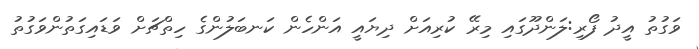
ވަގުތު އީދު ފޯރި:ލަންދޫގައި މިރޭ ކުރިއަށް ދިޔައީ އަންހެން ކަނބަލުންގެ ހިތްޗަށް ވަޑައިގަތުންވަގުތު